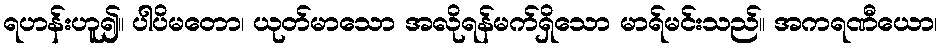
ရဟန်းဟူ၍။ ပါပိမတော၊ ယုတ်မာသော အလိုရန်မက်ရှိသော မာရ်မင်းသည်။ အကရဏီယော၊